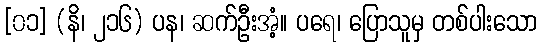
[၀၁] (နိ၊ ၂၁၆) ပန၊ ဆက်ဦးအံ့။ ပရေ၊ ပြောသူမှ တစ်ပါးသော